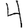
Digit: 4